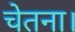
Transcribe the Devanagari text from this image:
चेतना।